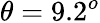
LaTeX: \theta=9.2^{o}